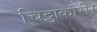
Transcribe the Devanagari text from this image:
चिट्ठाकारी।